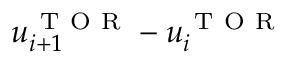
u _ { i + 1 } ^ { \mathrm { ~ T ~ O ~ R ~ } } - u _ { i } ^ { \mathrm { ~ T ~ O ~ R ~ } }